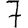
Digit: 7